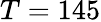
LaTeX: T=145